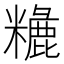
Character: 𥼗